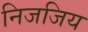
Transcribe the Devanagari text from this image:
निजजिय